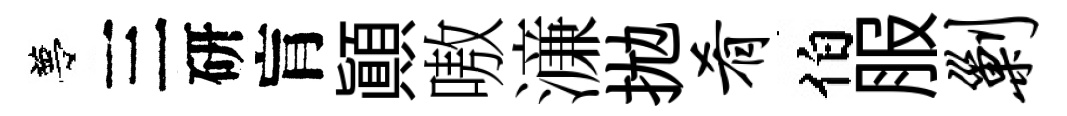
夢三研肓顚嗷濓拋肴伯服剿